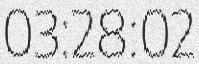
03:28:02